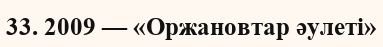
33. 2009 — «Оржановтар әулеті»